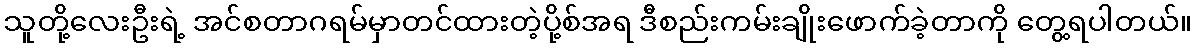
သူတို့လေးဦးရဲ့ အင်စတာဂရမ်မှာတင်ထားတဲ့ပို့စ်အရ ဒီစည်းကမ်းချိုးဖောက်ခဲ့တာကို တွေ့ရပါတယ်။